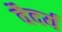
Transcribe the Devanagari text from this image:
वैदर्य